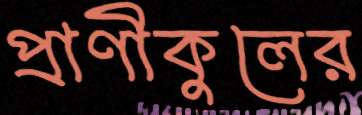
প্রাণীকুলের